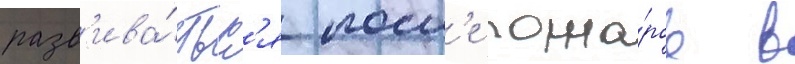
разв'ива́тьс'я посл'е пожа́ров в